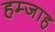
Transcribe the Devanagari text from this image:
हम्जाह